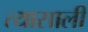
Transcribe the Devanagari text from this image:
त्‍यासाली